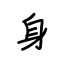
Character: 身